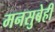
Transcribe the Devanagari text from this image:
मनसुबेही